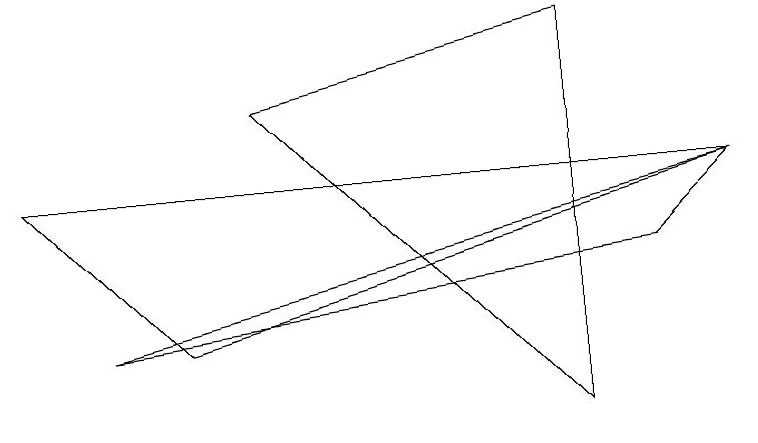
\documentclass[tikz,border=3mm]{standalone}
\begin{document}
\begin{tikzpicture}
\draw (8,3) -- (9,4) -- (1,2) -- cycle;
\draw (0,4) -- (2,2) -- (9,4) -- cycle;
\draw (3,5) -- (7,6) -- (7,1) -- cycle;
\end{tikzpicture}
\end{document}